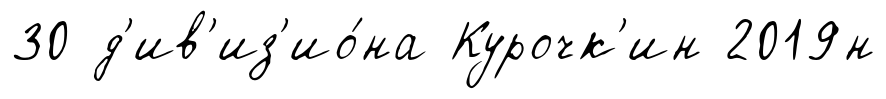
30 д'ив'из'ио́на Курочк'ин 2019н